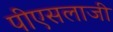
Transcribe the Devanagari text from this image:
पीएसलाजी